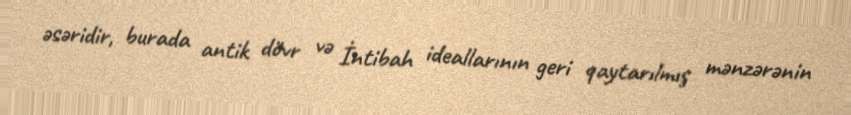
əsəridir, burada antik dövr və İntibah ideallarının geri qaytarılmış mənzərənin